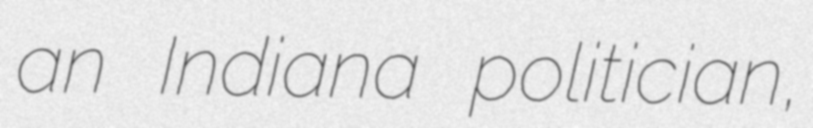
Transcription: an Indiana politician,